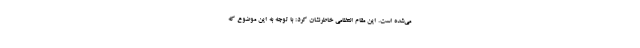
می‌شده است. این مقام انتظامی خاطرنشان کرد: با توجه به این موضوع که